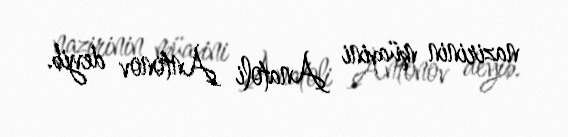
nazirinin müavini Anatoli Antonov deyib.